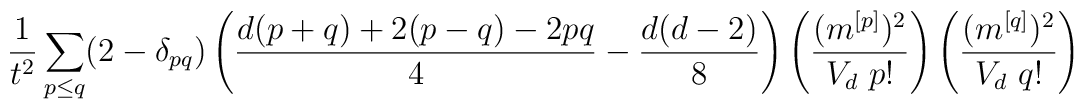
\frac{1}{t^2} \sum_{p\le q} (2-\delta_{pq})\left(\frac{d(p+q)+2(p-q)-2pq}{4}-\frac{d(d-2)}{8}\right)\left(\frac{(m^{[p]})^2}{V_d~p!}\right)\left(\frac{(m^{[q]})^2}{V_d~q!}\right)